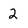
Character: 2